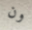
ون